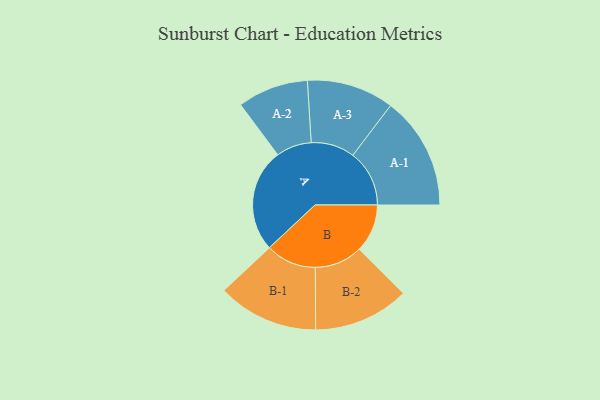
{"axis": {"x": "Segment", "y": "Value"}, "legend": ["", "A", "B"], "data": [{"x": "A", "y": 481, "type": ""}, {"x": "B", "y": 224, "type": ""}, {"x": "A-1", "y": 263, "type": "A"}, {"x": "A-2", "y": 165, "type": "A"}, {"x": "A-3", "y": 203, "type": "A"}, {"x": "B-1", "y": 235, "type": "B"}, {"x": "B-2", "y": 223, "type": "B"}]}